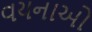
વયનાઓ